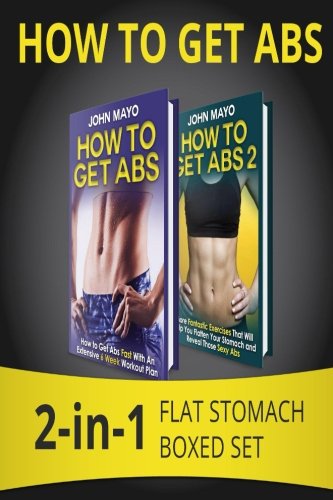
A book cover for How to Get Abs: 2-in-1 Flat Stomach Boxed Set (Health, Flat Abs, How to Get Abs, How to Get Abs Fast); John Mayo; Health, Fitness & Dieting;